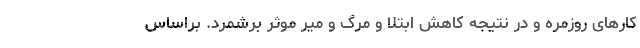
کارهای روزمره و در نتیجه کاهش ابتلا و مرگ و میر موثر برشمرد. براساس